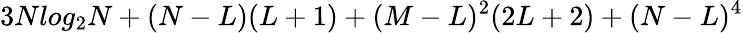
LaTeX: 3Nlog_{2}N+(N-L)(L+1)+(M-L)^{2}(2L+2)+(N-L)^{4}